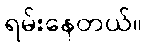
ရမ်းနေတယ်။